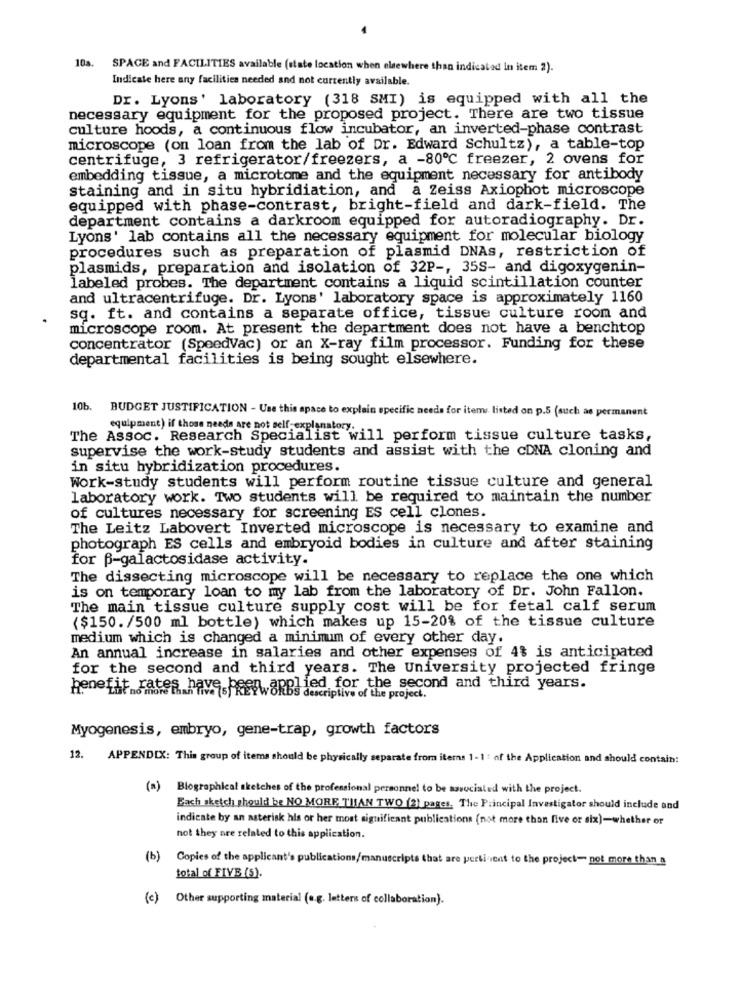
10a.
SPACE and FACILITIES available (state location when elsewhere than indicated in item 2).
Indicate here any facilities needed and not currently available.
Dr. Lyons' laboratory (318 SMI) is equipped with all the
necessary equipment for the proposed project. There are two tissue
culture hoods, a continuous flow incubator, an inverted-phase contrast
microscope (on loan from the lab of Dr. Edward Schultz), a table-top
centrifuge, 3 refrigerator/freezers, a -80℃ freezer, 2 ovens for
embedding tissue, a microtome and the equipment necessary for antibody
staining and in situ hybridiation, and a Zeiss Axiophot microscope
equipped with phase-contrast, bright-field and dark-field. The
department contains a darkroom equipped for autoradiography. Dr.
Lyons' lab contains all the necessary equipment for molecular biology
procedures such as preparation of plasmid DNAs, restriction of
plasmids, preparation and isolation of 32P -, 35S- and digoxygenin-
labeled probes. The department contains a liquid scintillation counter
and ultracentrifuge. Dr. Lyons' laboratory space is approximately 1160
sq. ft. and contains a separate office, tissue culture room and
microscope room. At present the department does not have a benchtop
concentrator (SpeedVac) or an X-ray film processor. Funding for these
departmental facilities is being sought elsewhere.
10b.
BUDGET JUSTIFICATION - Use this space to explain specific needs for items listed on p.5 (such as permanent
equipment) if those needs are not self explanatory.
The Assoc. Research Specialist will perform tissue culture tasks,
supervise the work-study students and assist with the cDNA cloning and
in situ hybridization procedures.
Work-study students will perform routine tissue culture and general
laboratory work. Two students will be required to maintain the number
of cultures necessary for screening ES cell clones.
The Leitz Labovert Inverted microscope is necessary to examine and
photograph ES cells and embryoid bodies in culture and after staining
for B-galactosidase activity.
The dissecting microscope will be necessary to replace the one which
is on temporary loan to my lab from the laboratory of Dr. John Fallon.
The main tissue culture supply cost will be for fetal calf serum
($150. /500 ml bottle) which makes up 15-20% of the tissue culture
medium which is changed a minimum of every other day.
An annual increase in salaries and other expenses of 4% is anticipated
for the second and third years. The University projected fringe
benefit ... ale
lied for the second and third years.
t rates have .- REFWORDS descriptive of the project.
Myogenesis, embryo, gene-trap, growth factors
12. APPENDIX: This group of items should be physically separate from iterns 1-1 : of the Application and should contain:
(0)
Biographical sketches of the professional personnel to be associated with the project.
Each sketch should be NO MORE THAN TWO (2) pages, The Principal Investigator should include and
indicate by an asterisk his or her most significant publications (not more than five or six)-whether or
not they are related to this application.
(b) Copies of the applicant's publications/manuscripts that are pertinent to the project- not more than a
total of FIVB (S).
(c) Other supporting material (e.g. letters of collaboration).